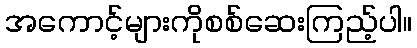
အကောင့်များကိုစစ်ဆေးကြည့်ပါ။